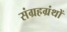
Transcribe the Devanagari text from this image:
संग्रहग्रंथों